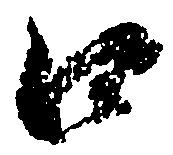
口